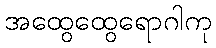
အထွေထွေရောဂါကု